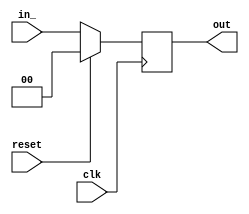
// This program was cloned from: https://github.com/NYU-MLDA/OpenABC
// License: BSD 3-Clause "New" or "Revised" License

module RegRst_0x9f365fdf6c8998a
(
  input  wire [   0:0] clk,
  input  wire [   1:0] in_,
  output reg  [   1:0] out,
  input  wire [   0:0] reset
);

  // localparam declarations
  localparam reset_value = 0;



  // PYMTL SOURCE:
  //
  // @s.posedge_clk
  // def seq_logic():
  //       if s.reset:
  //         s.out.next = reset_value
  //       else:
  //         s.out.next = s.in_

  // logic for seq_logic()
  always @ (posedge clk) begin
    if (reset) begin
      out <= reset_value;
    end
    else begin
      out <= in_;
    end
  end


endmodule